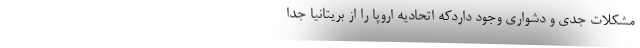
مشکلات جدی و دشواری وجود داردکه اتحادیه اروپا را از بریتانیا جدا